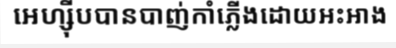
អេហ្ស៊ីបបានបាញ់កាំភ្លើងដោយអះអាង